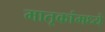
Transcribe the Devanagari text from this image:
मातृकांमध्ये